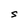
Character: S